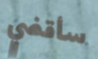
سأقضي